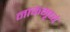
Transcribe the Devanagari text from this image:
नाकमृष्वं